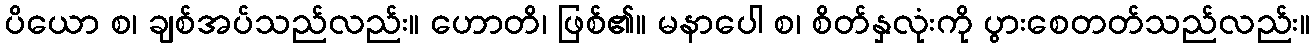
ပိယော စ၊ ချစ်အပ်သည်လည်း။ ဟောတိ၊ ဖြစ်၏။ မနာပေါ စ၊ စိတ်နှလုံးကို ပွားစေတတ်သည်လည်း။